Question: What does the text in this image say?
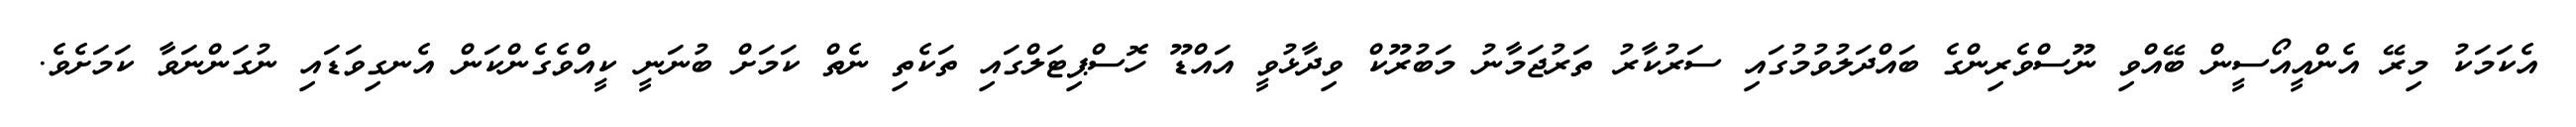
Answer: އެކަމަކު މިރޭ އެންއީއޯސީން ބޭއްވި ނޫސްވެރިންގެ ބައްދަލުވުމުގައި ސަރުކާރު ތަރުޖަމާނު މަބުރޫކް ވިދާޅުވީ އައްޑޫ ހޮސްޕިޓަލްގައި ތަކެތި ނެތް ކަމަށް ބުނަނީ ކީއްވެގެންކަން އެނގިވަޑައި ނުގަންނަވާ ކަމަށެވެ.